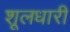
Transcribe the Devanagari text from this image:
शूलधारी